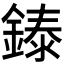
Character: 𬫳